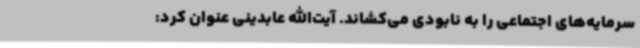
سرمایه‌های اجتماعی را به نابودی می‌کشاند. آیت‌الله عابدینی عنوان کرد: